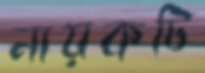
নায়কটি